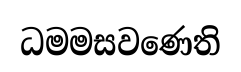
ධමමසවණෙති